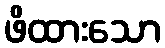
ဖိထားသော